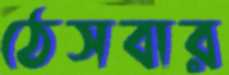
ঠেসবার